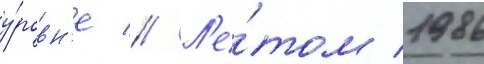
у́ровн'е // Л'е́том 1986